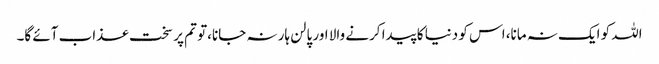
اللہ کو ایک نہ مانا، اس کو دنیا کا پیدا کرنے والا اور پالن ہار نہ جانا،تو تم پر سخت عذاب آئے گا۔